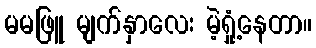
မမဖြူ မျက်နှာလေး မဲ့ရှုံ့နေတာ။